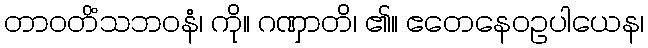
တာဝတိံသဘဝနံ၊ ကို။ ဂဏှာတိ၊ ၏။ ဧတေနေဝဥပါယေန၊